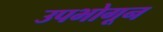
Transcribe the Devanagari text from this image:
उपभोगून